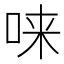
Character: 𫪁